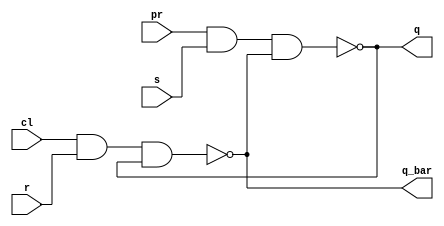
// ---------------------
// Guia 10_02/04 - Latch SR com portas NAND,PRESET E CLEAR.
// Nome: Mrcia Cibele Martins Carneiro 
// ---------------------

//Implementar um latch SR com portas NAND,PRESET e CLEAR.
 
// -------------------------------------------------------------------------------------------------------------------------------------------------------------------

module latch_SR_NAND(q, q_bar, pr, cl, r, s);

	input r, s, pr, cl;
	output q, q_bar;
	
	nand NAND1(q, pr, s, q_bar); 
	nand NAND2(q_bar, cl, r, q);
	
endmodule

module Exercicio2;
wire q, q_bar;
reg s,r, pr,cl;

latch_SR_NAND LSR_NAND (q, q_bar,cl,pr, s, r);

initial begin:start
s=0; r=0;cl=0;pr=0;
end

initial begin: main
	   $display("Guia 10_02 - Marcia Cibele Martins Carneiro - 404591");
      $display("Latch SR com portas NAND");
		$display("R   S   CLEAR  PRESET   Q    Q'");
		$monitor("%b   %b    %b      %b       %b    %b", s, r, cl, pr,q_bar, q);
		
		#1 s=1; r=0; cl=0; pr=0;
		#1 s=0; r=1; cl=0; pr=0;
		#1 s=0; r=0; cl=1; pr=0;
		#1 s=0; r=0; cl=0; pr=1;
		#1 s=1; r=1; cl=1; pr=1;

end

endmodule

/* Resultado obtido
     ----jGRASP exec: D:\MeusDocumentos\2010-2_arq1_programas\Icarus_Verilog\bin\vvp exercicio2.vvp
    
    Guia 10_02 - Marcia Cibele Martins Carneiro - 404591
    Latch SR com portas NAND
    R   S   CLEAR  PRESET   Q    Q'
    0   0    0      0       1    1
    1   0    0      0       1    1
    0   1    0      0       1    1
    0   0    1      0       1    1
    0   0    0      1       1    1
    1   1    1      1       0    1
    
     ----jGRASP: operation complete.


*/